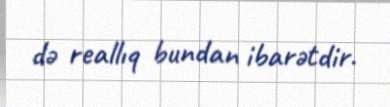
də reallıq bundan ibarətdir.